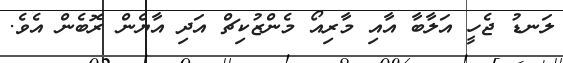
ލަނޑު ޖެހީ އަލާބާ އާއި މާރިއޯ މެންޒުކިޗް އަދި އާޔެން ރޮބެން އެވެ.